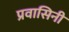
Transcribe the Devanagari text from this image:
प्रवासिनी